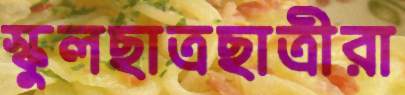
স্কুলছাত্রছাত্রীরা